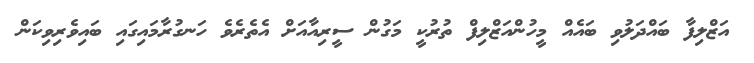
އަޒްލިފާ ބައްދަލުވި ބައެއް މީހުންއަޒްލިފް ތުރުކީ މަގުން ސީރިއާއަށް އެތެރެވެ ހަނގުރާމައިގައި ބައިވެރިވިކަން